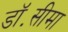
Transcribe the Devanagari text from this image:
डॉ॰सीमा